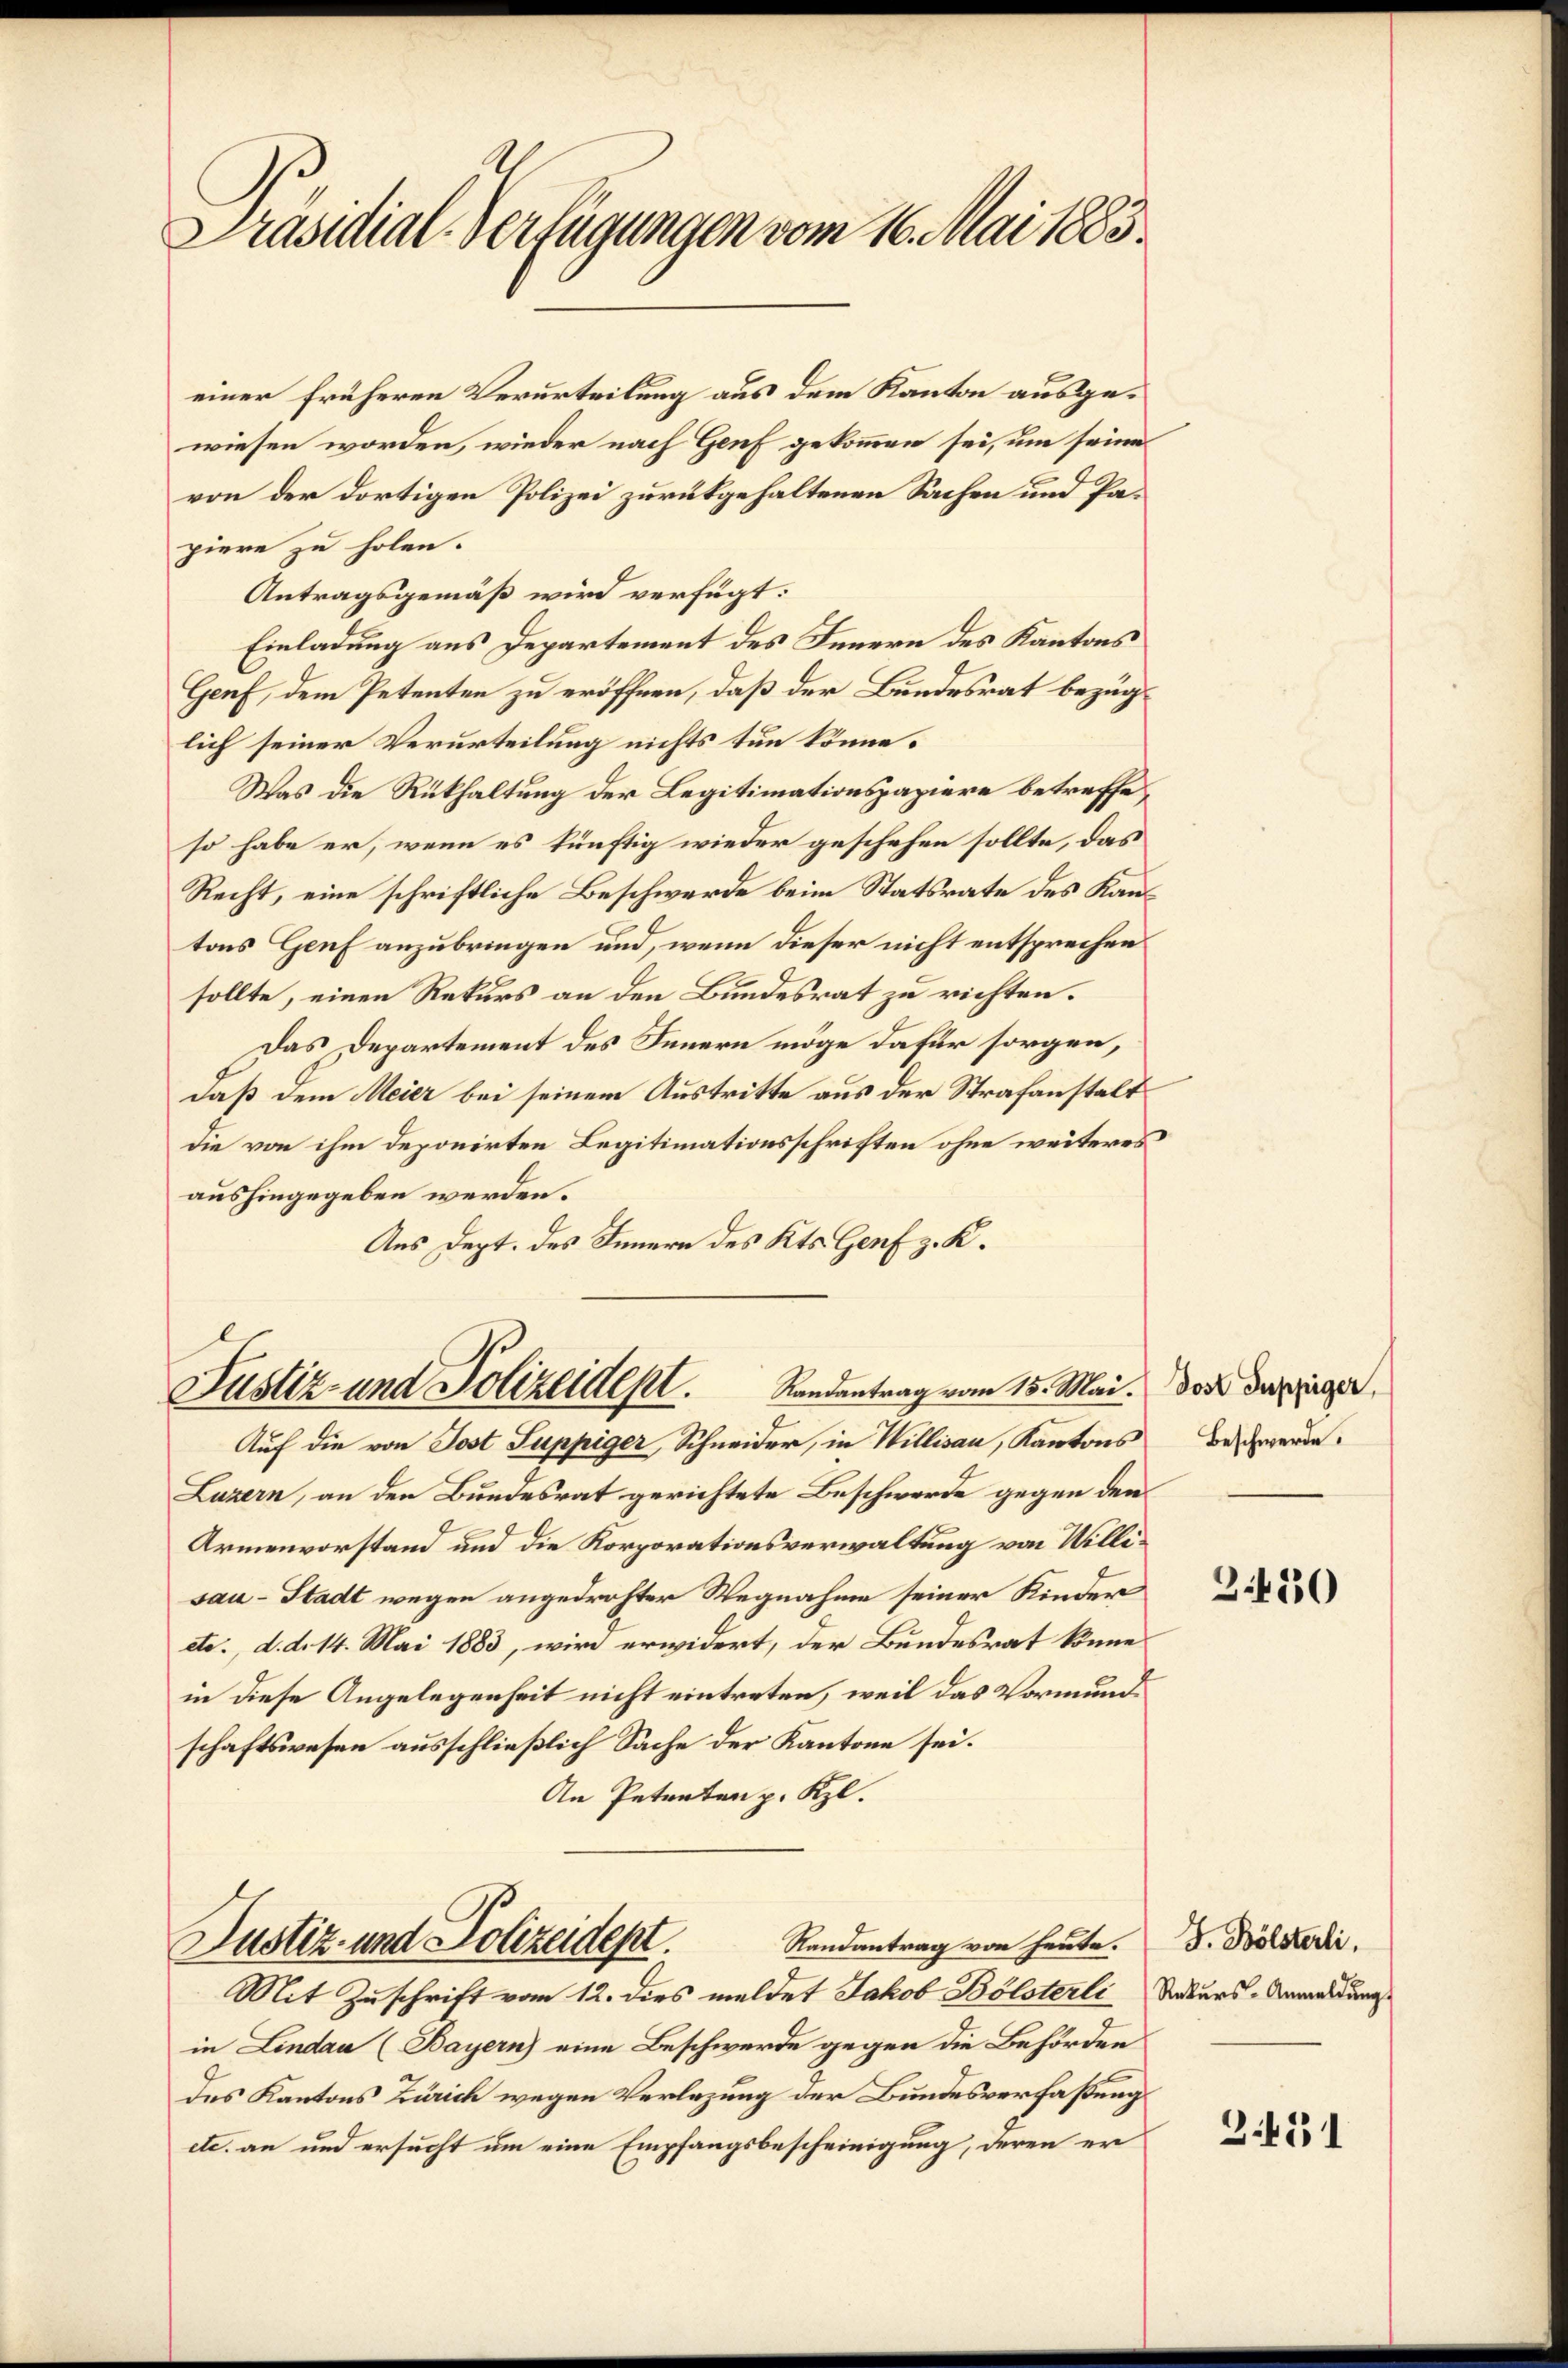
Präsidial-Verfügungen vom 16. Mai 1883.

einer früheren Verurteilung aus dem Kanton ausgewiesen worden, wieder nach Genf gekommen sei, um seines
von der dortigen Polizei zurükgehaltenen Sachen und Papiere zu holen.
Antragsgemäß wird verfügt:
Einladung aus Departement des Innern des Kantons
Genf, dem Petenten zu eröffnen, daß der Bundesrat bezüglich seiner Verurteilung nichts tun könne.
Was die Rükhaltung der Legitimationspapiere betreffeso habe er, wenn es künftig wieder geschehen sollte, das
Recht, eine schriftliche Beschwerde beim Statsrate des Kantons Genf anzubringen und, wenn dieser nicht entsprechen
sollte, einen Rekurs an den Bundesrat zu richten.
Das Departement des Innern möge dafür sorgen,
daß dem Meier bei seinem Austritte aus der Strafanstalt
die von ihm deponirten Legitimationsschriften ohne weiteres
aushingegeben werden.
Aus Dept. des Innern des Kts. Genf z. K.

Justiz- und Polizeidept. Randentrag vom 15. Mai.

Auf die von Post Suppiger, Schneider, in Willisau, Kantons Beschwerde.
Luzern, an den Bundesrat gerichtete Beschwerde gegen den
Armenvorstand und die Korporationsverwaltung von Willisau-Stadt wegen angedrohter Wegnahme seiner Kinder
ete, d. d. 14. Mai 1883, wird erwidert, der Bundesrat könne
in diese Angelegenheit nicht eintreten, weil das Vormundschaftswesen ausschließlich Sache der Kantone sei.
An Petenten p. Kl.
Randantrag von heute.
Justiz- und Polizeidept.
Mit Zuschrift vom 12. dies meldet Jakob Bölsterli
in Lindau (Bayern) eine Beschwerde gegen die Behörden
des Kantons Zürich wegen Verlegung der Bundesverfaßung
etc. an und ersucht um eine Empfangsbescheinigung, deren er

Post Suppiger,

3450

J. Bölsterli.
Rekurs-Anmeldung

2451